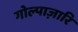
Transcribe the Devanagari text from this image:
गोल्पाज़ारि